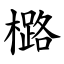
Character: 㯝